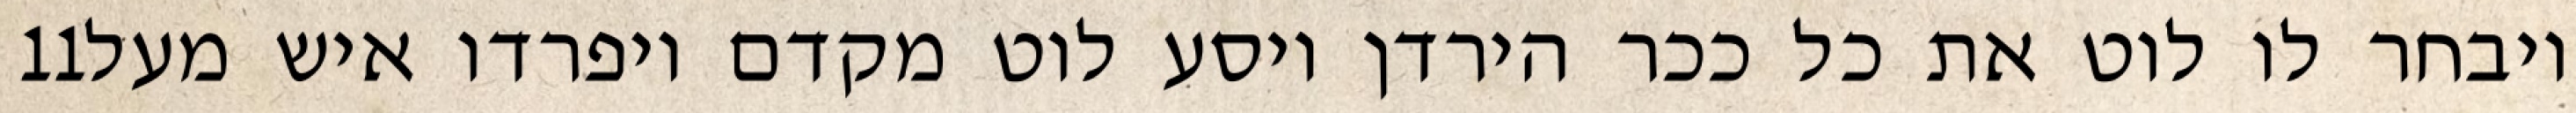
‎11‏ ויבחר לו לוט את כל ככר הירדן ויסע לוט מקדם ויפרדו איש מעל